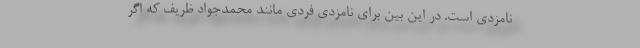
نامزدی است. در این بین برای نامزدی فردی مانند محمدجواد ظریف که اگر